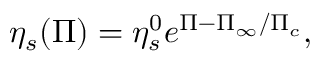
\eta _ { s } ( \Pi ) = \eta _ { s } ^ { 0 } e ^ { \Pi - \Pi _ { \infty } / \Pi _ { c } } ,